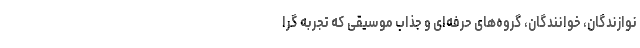
نوازندگان، خوانندگان، گروه‌های حرفه‌ای و جذاب موسیقی که تجربه گرا